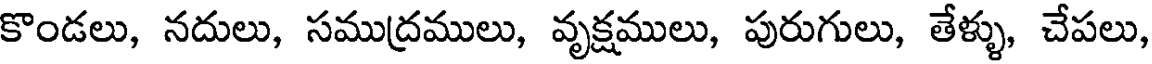
కొండలు, నదులు, సముద్రములు, వృక్షములు, పురుగులు, తేళ్ళు, చేపలు,